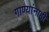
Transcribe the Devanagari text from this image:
गाण्यांनाही